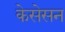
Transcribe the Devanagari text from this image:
केसेसन